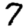
Digit: 7